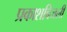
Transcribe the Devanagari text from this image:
प्रकाशबिजली